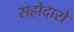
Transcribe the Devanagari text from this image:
सहोदारो